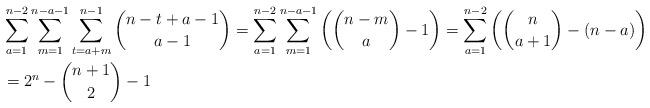
LaTeX: \begin{align*}&\sum_{a=1}^{n-2}\sum_{m=1}^{n-a-1}\sum_{t=a+m}^{n-1}\binom{n-t+a-1}{a-1}=\sum_{a=1}^{n-2}\sum_{m=1}^{n-a-1}\left(\binom{n-m}{a}-1\right)=\sum_{a=1}^{n-2}\left(\binom{n}{a+1}-(n-a)\right)\\&=2^n-\binom{n+1}{2}-1\end{align*}